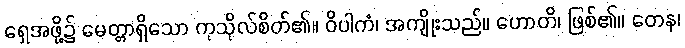
ရှေအဖို့၌ မေတ္တာရှိသော ကုသိုလ်စိတ်၏။ ဝိပါကံ၊ အကျိုးသည်။ ဟောတိ၊ ဖြစ်၏။ တေန၊